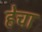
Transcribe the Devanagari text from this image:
हेचा